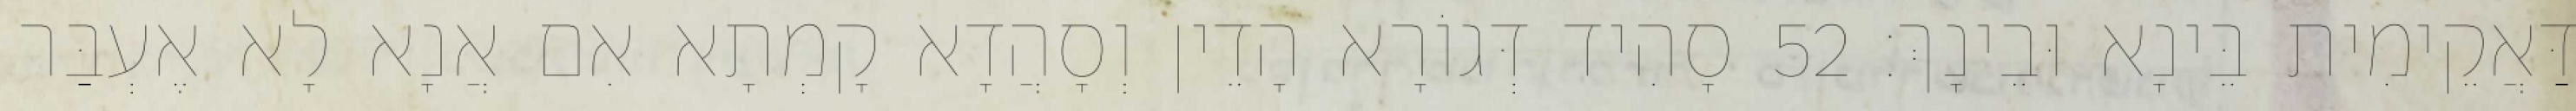
דַּאֲקֵימִית בֵּינָא וּבֵינָךְ׃ 52 סָהִיד דְּגוֹרָא הָדֵין וְסָהֲדָא קָמְתָא אִם אֲנָא לָא אֶעְבַּר